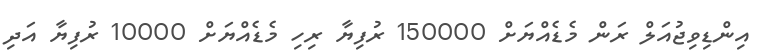
އިންޑިވިޖުއަލް ރަން މެޑެއްޔަށް 150000 ރުފިޔާ ރިހި މެޑެއްޔަށް 10000 ރުފިޔާ އަދި